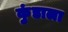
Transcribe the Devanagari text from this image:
कुंडाला